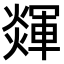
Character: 𤐕